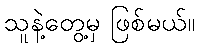
သူနဲ့တွေ့မှ ဖြစ်မယ်။